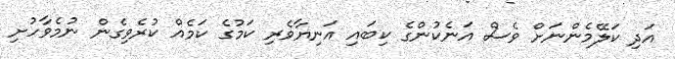
އަދި ކަލޭމެންނަށް ވެސް އަނެކުންގެ ކިބައި އަނިޔާވެރި ކަމުގެ ކަމެއް ކުރެވިގެން ނުމެވާހުށި